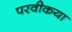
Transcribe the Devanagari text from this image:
परवीकया